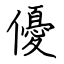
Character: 優